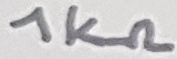
Text: 1KΩ